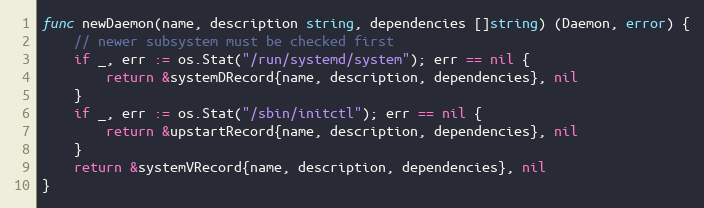
Language: Go
func newDaemon(name, description string, dependencies []string) (Daemon, error) {
	// newer subsystem must be checked first
	if _, err := os.Stat("/run/systemd/system"); err == nil {
		return &systemDRecord{name, description, dependencies}, nil
	}
	if _, err := os.Stat("/sbin/initctl"); err == nil {
		return &upstartRecord{name, description, dependencies}, nil
	}
	return &systemVRecord{name, description, dependencies}, nil
}